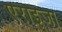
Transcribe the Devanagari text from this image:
एराइजा